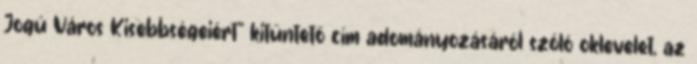
Jogú Város Kisebbségeiért” kitüntető cím adományozásáról szóló oklevelet, az